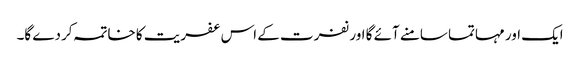
ایک اور مہاتما سامنے آئے گا اور نفرت کے اس عفریت کا خاتمہ کردے گا۔